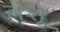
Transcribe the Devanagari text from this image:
वंशू